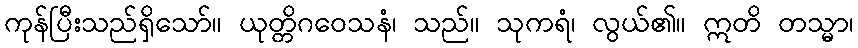
ကုန်ပြီးသည်ရှိသော်။ ယုတ္တိဂဝေသနံ၊ သည်။ သုကရံ၊ လွယ်၏။ ဣတိ တသ္မာ၊